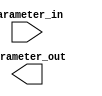
module GenerateParameterizedModule #(parameter PARAMETER_WIDTH = 4) (
    input [PARAMETER_WIDTH-1:0] parameter_in,
    output [PARAMETER_WIDTH-1:0] parameter_out
);

// Logic to generate instances of a module based on parameter values
// Here you can customize the functionality as needed

endmodule